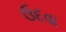
ઉદવા